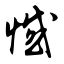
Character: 憾